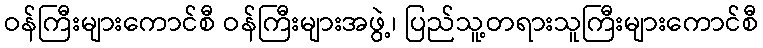
ဝန်ကြီးများကောင်စီ ဝန်ကြီးများအဖွဲ့၊ ပြည်သူ့တရားသူကြီးများကောင်စီ